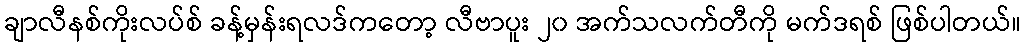
ချာလီနစ်ကိုးလပ်စ် ခန့်မှန်းရလဒ်ကတော့ လီဗာပူး ၂၀ အက်သလက်တီကို မက်ဒရစ် ဖြစ်ပါတယ်။